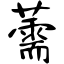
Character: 薷